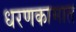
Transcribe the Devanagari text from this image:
धरणकामात